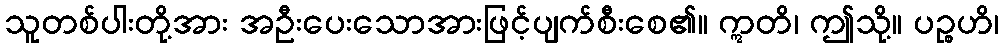
သူတစ်ပါးတို့အား အဦးပေးသောအားဖြင့်ပျက်စီးစေ၏။ ဣတိ၊ ဤသို့။ ပဉ္စဟိ၊